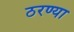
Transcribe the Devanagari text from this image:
ठरण्या